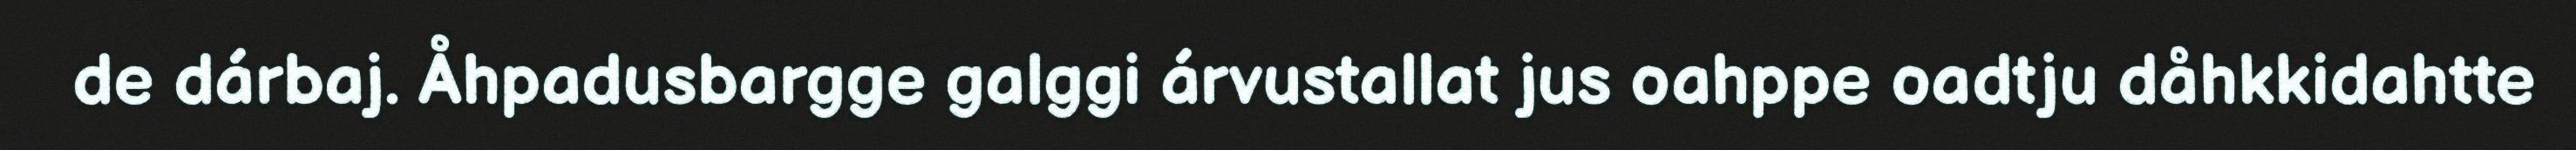
de dárbaj. Åhpadusbargge galggi árvustallat jus oahppe oadtju dåhkkidahtte